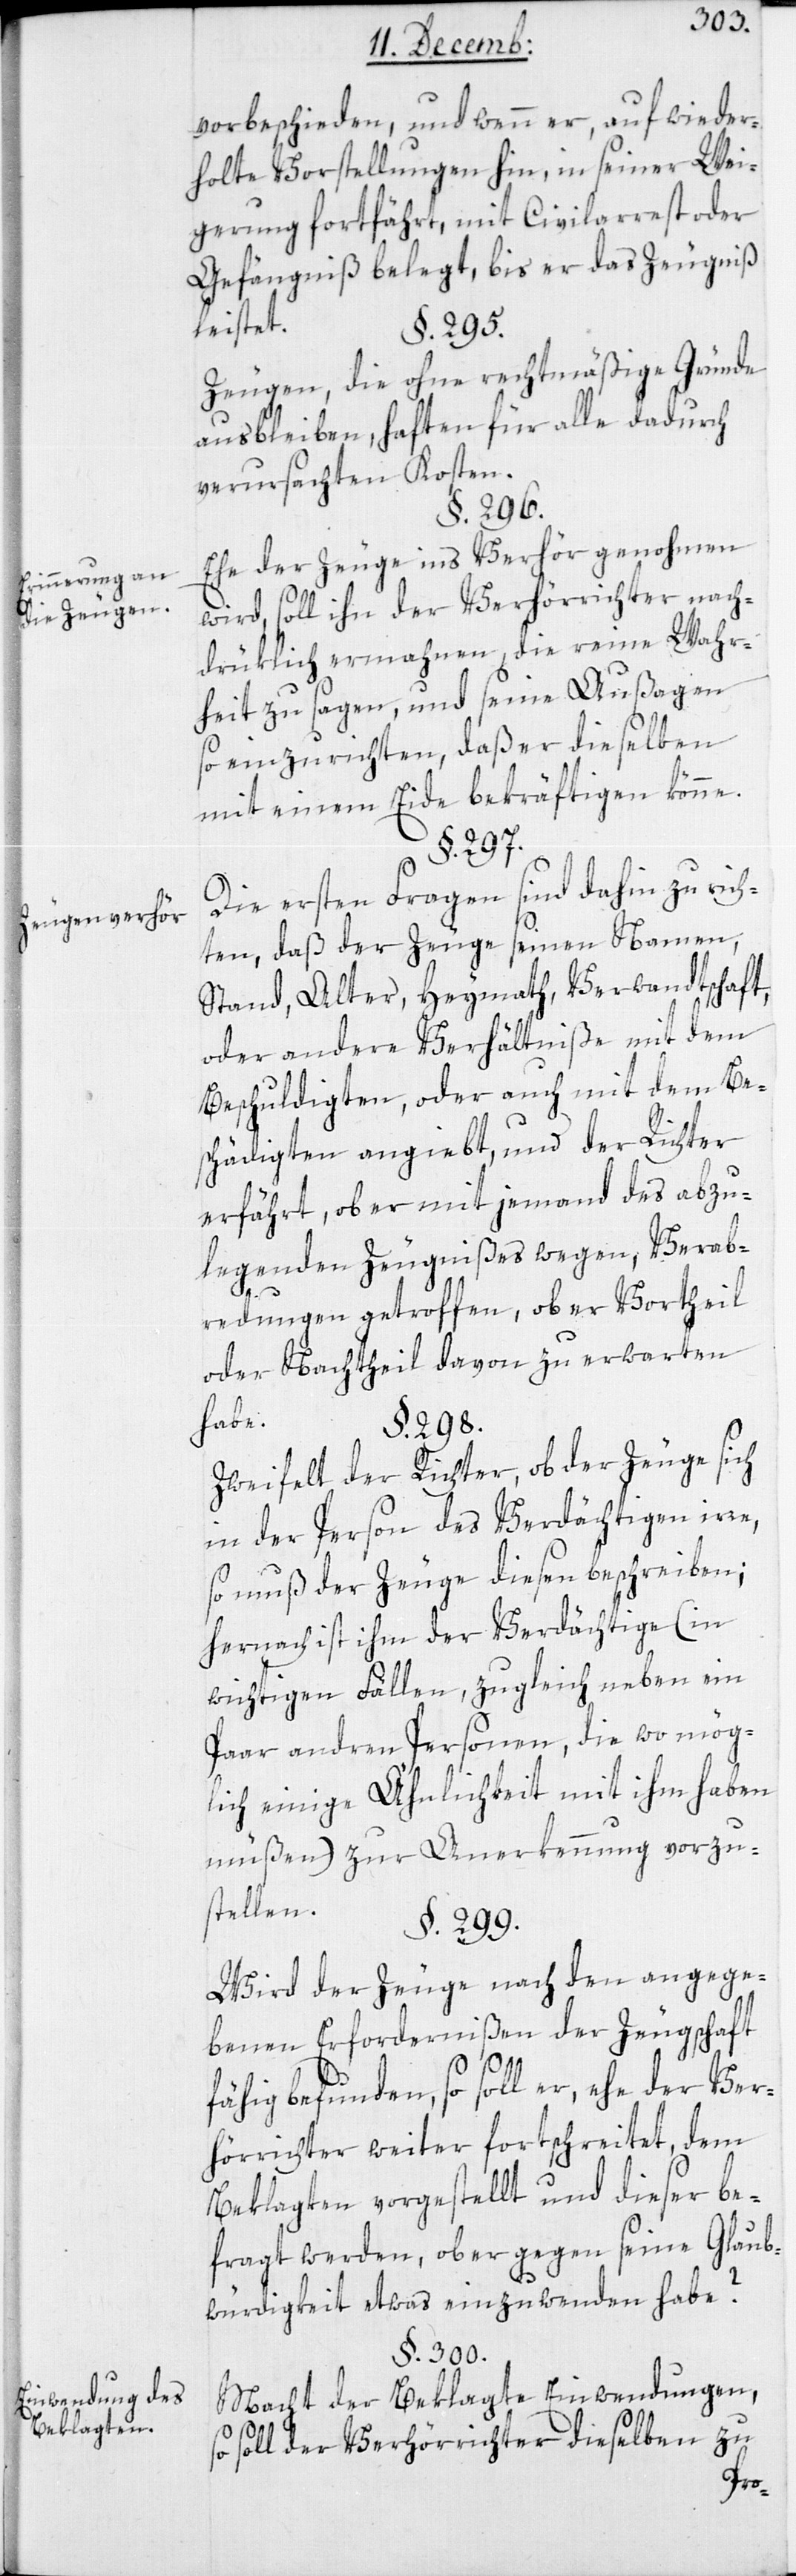
Erinnerung an
die Zeugen.
Zeugenverhör.
Einwendung des
Beklagten.

vorbeschieden, und wenn er, auf wieder¬
holte Vorstellung hin, in seiner Wei¬
gerung fortfährt, mit Civilarrest oder
Gefängnis belegt, bis er das Zeugniß
leistet.
§. 295.
Zeugen, die ohne rechtmäßige Gründe
verursachten Kosten.
§. 296.
Ehe der Zeuge ins Verhör genohmen
wird, soll ihn der Verhörrichter nach¬
drüklich ermahnen, die reine Wahr¬
heit zu sagen, und seine Außagen
so einzurichten, daß er dieselben
mit einem Eide bekräftigen könne.
§. 297.
Die ersten Fragen sind dahin zu rich¬
ten, daß der Zeuge seinen Namen,
Stand, Alter, Heymath, Verwandtschaft,
oder andere Verhältniße mit dem
Beschuldigten, oder auch mit dem Be¬
schädigten angiebt, und der Richter
erfährt, ob er mit jemand des abzu¬
legenden Zeugnißes wegen, Verab¬
redungen getroffen, ob er Vortheil
oder Nachtheil davon zu erwarten
habe.
§. 298.
Zweifelt der Richter, ob der Zeuge sich
in der Person des Verdächtigen irre,
so muß der Zeuge diesen beschreiben;
hernach ist ihm der Verdächtige (in
wichtigen Fällen, zugleich neben ein
Paar andren Personen, die wo mög¬
lich einige Ähnlichkeit mit ihm haben
müßen) zur Anerkennung vorzu¬
stellen.
§. 299.
Wird der Zeuge nach den angege¬
benen Erfordernißen der Zeugschaft
fähig befunden, so soll er, ehe der Ver¬
hörrichter weiter fortschreitet, dem
Beklagten vorgestellt und dieser be¬
fragt werden, ob er gegen seine Glaub¬
würdigkeit etwas einzuwenden habe?
§. 300.
Macht der Beklagte Einwendungen,
soll der Verhörrichter dieselben zu